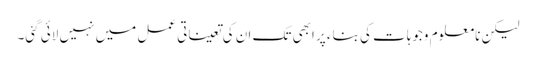
لیکن نامعلوم وجوہات کی بناء پر ابھی تک ان کی تعیناتی عمل میں نہیں لائی گئی۔